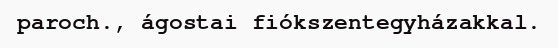
paroch., ágostai fiókszentegyházakkal.